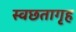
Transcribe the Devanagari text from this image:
स्वछतागृह